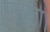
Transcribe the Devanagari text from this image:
सताता।